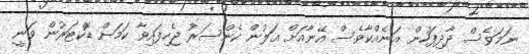
ނަމަވެސް ދާދިފަހުން އަނެއްކާވެސް އޭނާއަށް އަލުން ކެންސަރު ޖެހިފައިވާ ކަމަށް ޑޮކްޓަރުން ވަނީ